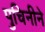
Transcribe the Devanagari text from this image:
पुचिनीने